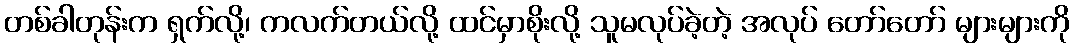
တစ်ခါတုန်းက ရှက်လို့၊ ကလက်တယ်လို့ ထင်မှာစိုးလို့ သူမလုပ်ခဲ့တဲ့ အလုပ် တော်တော် များများကို